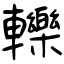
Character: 轢